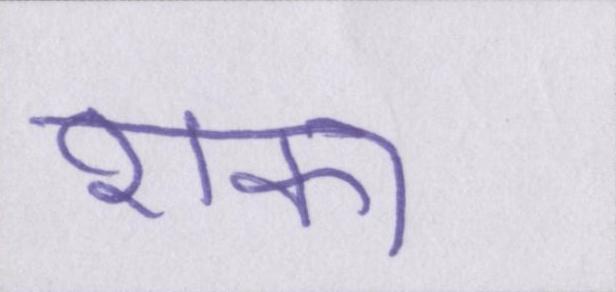
शंका